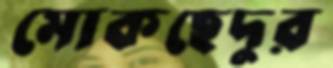
মোকছেদুর